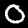
Label: 0